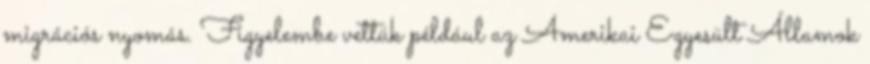
migrációs nyomás. Figyelembe vettük például az Amerikai Egyesült Államok